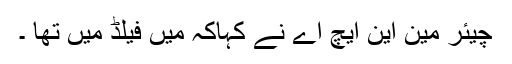
چیئر مین این ایچ اے نے کہاکہ میں فیلڈ میں تھا ۔